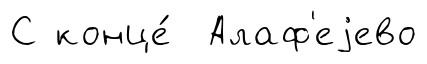
С конце́ Алаф'еjево